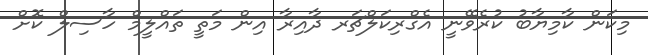
މިކަން ކާމިޔާބު ކުރެވޭނީ އެގްރިކަލްޗަރ ދާއިރާ އިން މަތީ ތައްލީމް ހާސިލް ކޮށް